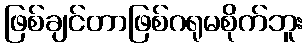
ဖြစ်ချင်တာဖြစ်ဂရုမစိုက်ဘူး